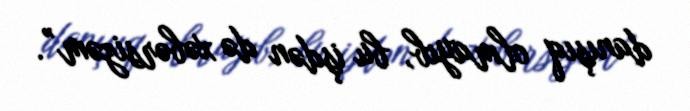
danışıq olmayıb, bu işdən də xəbərsizəm”.